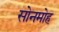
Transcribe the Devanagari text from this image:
सोनमोह